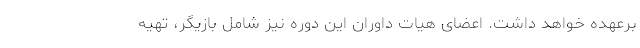
برعهده خواهد داشت. اعضای هیات داوران این دوره نیز شامل بازیگر، تهیه